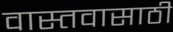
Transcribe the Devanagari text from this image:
वास्तवासाठी